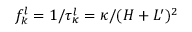
f _ { k } ^ { l } = 1 / \tau _ { \kappa } ^ { l } = \kappa / ( H + L ^ { \prime } ) ^ { 2 }